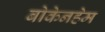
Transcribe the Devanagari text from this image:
बोकेनहेम